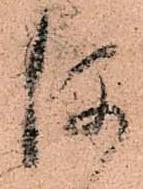
何